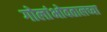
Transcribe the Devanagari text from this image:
गोलांभोवतालच्या